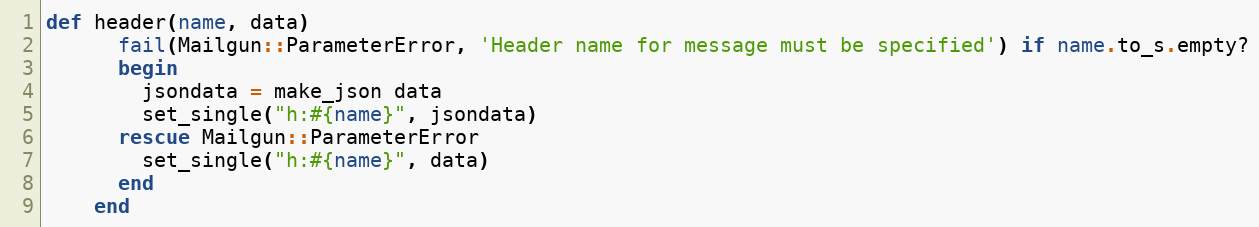
Language: Ruby
def header(name, data)
      fail(Mailgun::ParameterError, 'Header name for message must be specified') if name.to_s.empty?
      begin
        jsondata = make_json data
        set_single("h:#{name}", jsondata)
      rescue Mailgun::ParameterError
        set_single("h:#{name}", data)
      end
    end